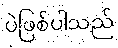
ပဲဖြစ်ပါသည်